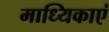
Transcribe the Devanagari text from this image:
माध्यिकाएं